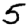
Digit: 5